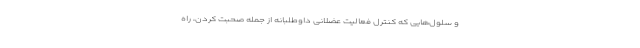
و سلول‌هایی که کنترل فعالیت عضلانی داوطلبانه از جمله صحبت کردن، راه